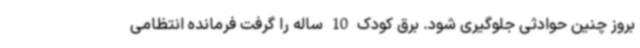
بروز چنین حوادثی جلوگیری شود. برق کودک 10 ساله را گرفت فرمانده انتظامی